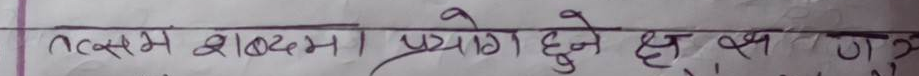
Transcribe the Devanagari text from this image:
तत्सम शब्दमा प्रयोग हुने क्ष, त्र, ज्ञ